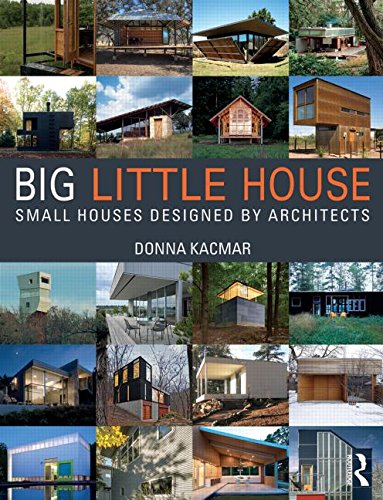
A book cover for BIG little house: Small Houses Designed by Architects; Donna Kacmar; Crafts, Hobbies & Home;